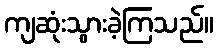
ကျဆုံးသွားခဲ့ကြသည်။